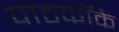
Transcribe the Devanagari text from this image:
पाठकॉके